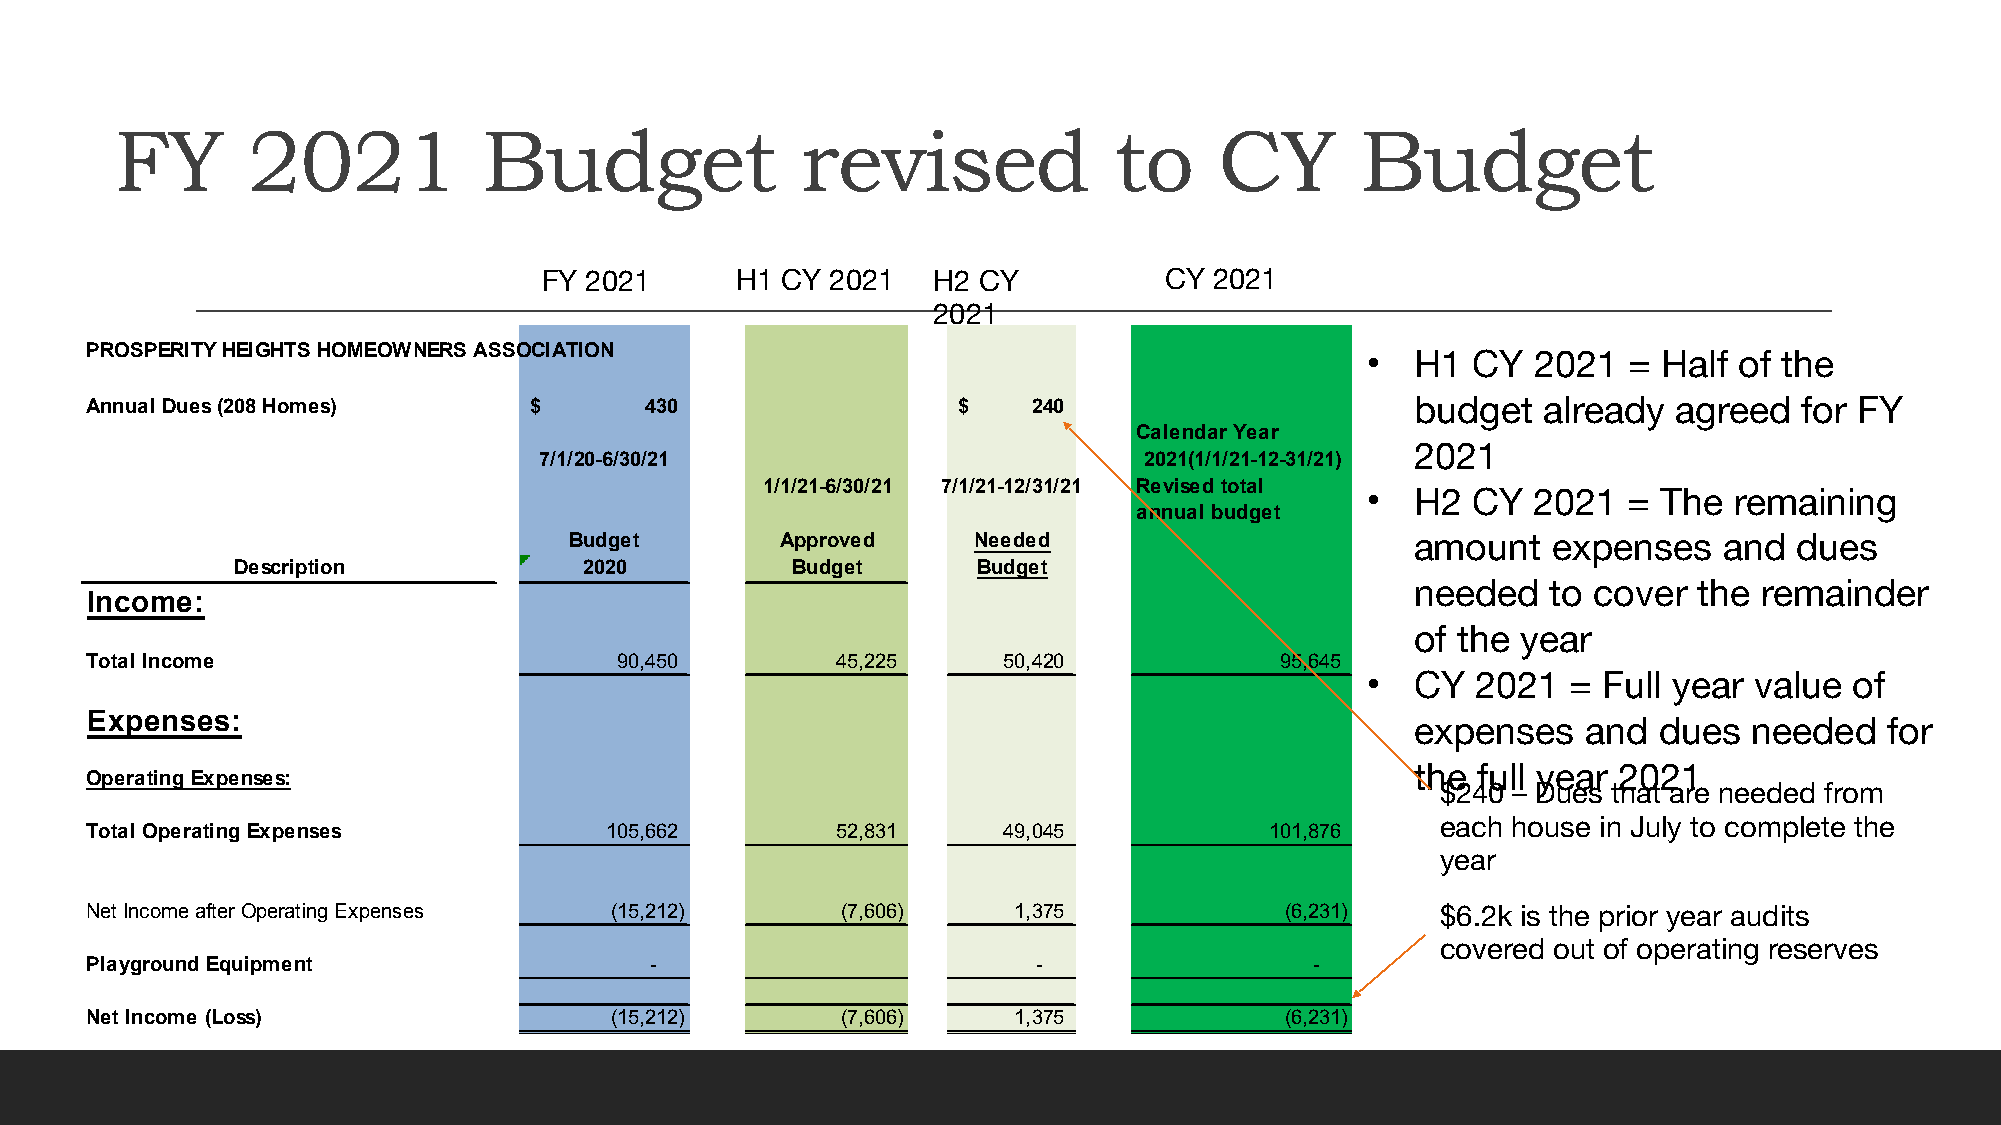
FY      2021            Budget               revised              to     CY       Budget
 FY 2021      H1 CY 2021   H2 CY          CY 2021
 2021
 PROSPERITY HEIGHTS HOMEOWNERS ASSOCIATION                                           •   H1 CY   2021  = Half of the
 Annual Dues (208 Homes)      $       430                 $    2 40                      budget  already  agreed  for FY
 Calendar Year
 2021
 7/1/20-6/30/21                          2021(1/1/21-12-31/21)
 1/1/21-6/30/21 7/1/21-12/31/21 Revised total
 •   H2 CY   2021  = The  remaining
 annual budget
 Budget        Approved    Needed                        amount   expenses   and  dues
 Description            2020         Budget       Budget
 needed   to cover the  remainder
 Income:
 of the year
 Total Income                       9 0,450       45,225     50,420             9 5,645
 •   CY  2021  = Full year value  of
 Expenses:
 expenses   and  dues  needed   for
 the full year 2021
 Operating Expenses:
 $240 – Dues that are needed from
 each house in July to complete the
 Total Operating Expenses          105,662        52,831     49,045            101,876
 year
 Net Income after Operating Expenses ( 15,212)     (7,606)    1 ,375            (6,231)   $6.2k is the prior year audits
 covered out of operating reserves
 Playground Equipment                 -                         -                 -
 Net Income (Loss)                 ( 15,212)       (7,606)    1 ,375            (6,231)